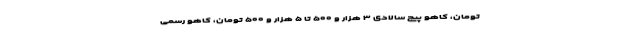
تومان، کاهو پیچ سالادی ۳ هزار و ۵۰۰ تا ۵ هزار و ۵۰۰ تومان، کاهو رسمی